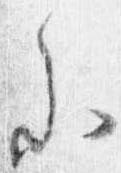
参